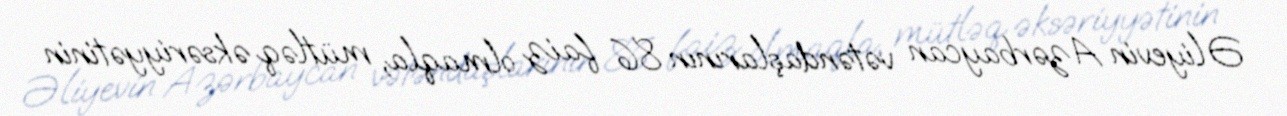
Əliyevin Azərbaycan vətəndaşlarının 86 faiz olmaqla, mütləq əksəriyyətinin